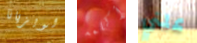
لويزيانا أكلمه علني